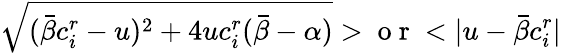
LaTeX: \sqrt{(\bar{\beta}c_{i}^{r}-u)^{2}+4uc_{i}^{r}(\bar{\beta}-\alpha)}>\mathrm{~o~r~}<|u-\bar{\beta}c_{i}^{r}|